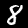
Digit: 8